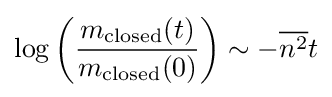
\log \left({\frac {m_{\rm {closed}}(t)}{m_{\rm {closed}}(0)}}\right)\sim -{\overline {n^{2}}}t